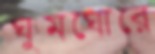
ঘুমঘোরে